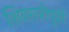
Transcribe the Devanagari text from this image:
शिवरात्रीपूर्वी